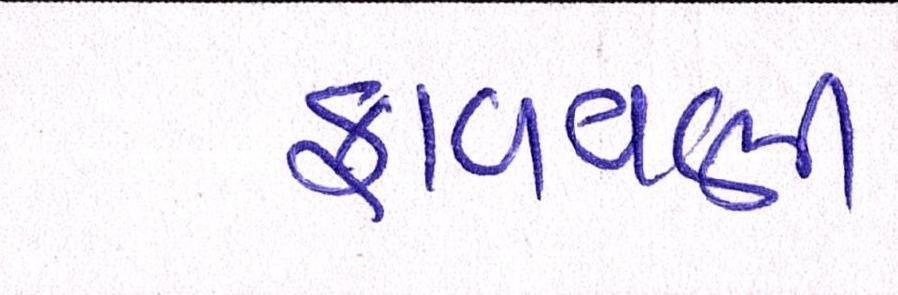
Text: ફાળવવી